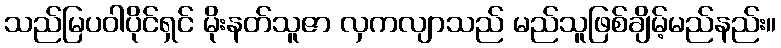
သည်မြပဝါပိုင်ရှင် မိုးနတ်သူဇာ လှကလျာသည် မည်သူဖြစ်ချိမ့်မည်နည်း။